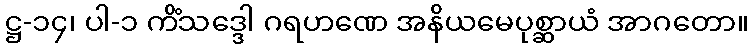
ဋ္ဌ-၁၄၊ ပါ-၁ ကိံသဒ္ဒေါ ဂရဟဏေ အနိယမေပုစ္ဆာယံ အာဂတော။